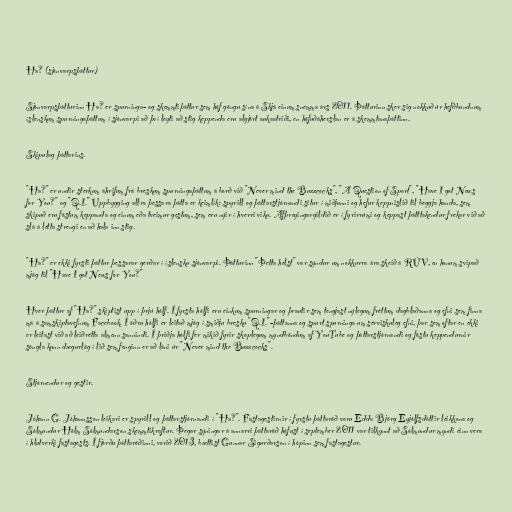
Ha? (sjónvarpsþáttur)

Sjónvarpsþátturinn Ha? er spurninga- og skemmtiþáttur sem hóf göngu sína á Skjá einum snemma árs 2011. Þátturinn sker sig nokkuð úr hefðbundnum
íslenskum spurningaþáttum í sjónvarpi að því leyti að stig keppenda eru algjört aukaatriði, en höfuðáherslan er á skemmtanaþáttinn.

Skipulag þáttarins.

"Ha?" er undir sterkum áhrifum frá breskum spurningaþáttum á borð við "Never mind the Buzzcocks", "A Question of Sport", "Have I got News
for You?" og "Q.I." Uppbygging allra þessara þátta er keimlík: spyrill og þáttarstjórnandi situr í miðjunni og hefur keppnislið til beggja handa, sem
skipuð eru föstum keppanda og einum eða tveimur gestum, sem eru nýir í hverri viku. Afþreyingargildið er í fyrirrúmi og keppast þátttakendur frekar við að
slá á létta strengi en að hala inn stig.

"Ha?" er ekki fyrsti þáttur þessarar gerðar í íslensku sjónvarpi. Þátturinn "Þetta helst" var sýndur um nokkurra ára skeið á RÚV, en honum svipað
mjög til "Have I got News for You?"

Hver þáttur af "Ha?" skiptist upp í þrjú hólf. Í fyrsta hólfi eru einkum spurningar og þrautir sem tengjast nýlegum fréttum dagblaðanna og efni sem finna
má á samskiptavefnum Facebook. Í öðru hólfi er leitað mjög í smiðju bresku "Q.I."-þáttanna og spurt spurninga um sérviskuleg efni, þar sem oftar en ekki
er leitast við að leiðrétta almenn sannindi. Í þriðja hólfi fer mikið fyrir skoplegum myndböndum af YouTube og þáttarstjórnandi og föstu keppendurnir
söngla kunn dægurlög í lið sem fenginn er að láni úr "Never mind the Buzzcocks".

Stjórnendur og gestir.

Jóhann G. Jóhannsson leikari er spyrill og þáttarstjórnandi í "Ha?". Fastagestirnir í fyrstu þáttaröð voru Edda Björg Eyjólfsdóttir leikkona og
Sólmundur Hólm Sólmundarson skemmtikraftur. Þegar sýningar á annarri þáttaröð hófust í september 2011 var tilkynnt að Sólmundur myndi einn vera
í hlutverki fastagests. Í fjórðu þáttaröðinni, vorið 2013, bættist Gunnar Sigurðarson í hópinn sem fastagestur.